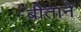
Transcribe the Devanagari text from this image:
बीताने